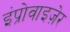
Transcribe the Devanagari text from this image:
इंप्रोवाइज़ेर